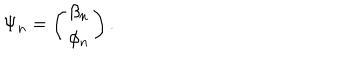
\Psi _ { n } = \left( \begin{array} { c } { { \beta _ { n } } } \\ { { \phi _ { n } } } \\ \end{array} \right) . \nonumber